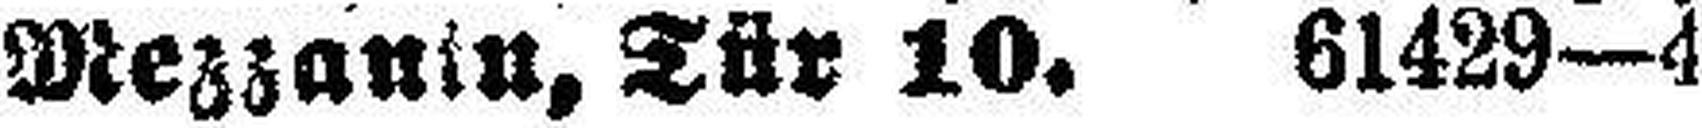
Mezzanin, Tür 10. 61429—4